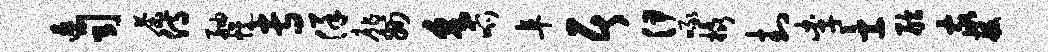
速司荼侍舳幌专佯扉州采呱阜居伊啄橇封李士舷家般